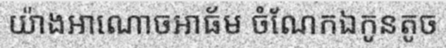
យ៉ាងអាណោចអាធ័ម ចំណែកឯកូនតូច